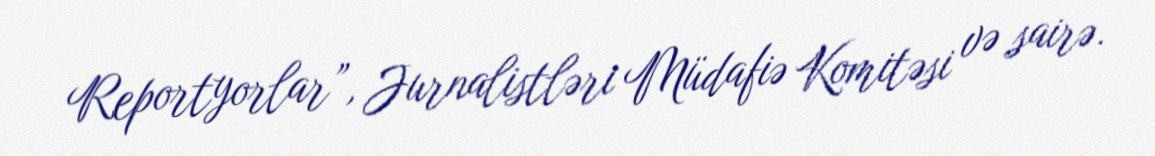
Reportyorlar”, Jurnalistləri Müdafiə Komitəsi və sairə.